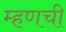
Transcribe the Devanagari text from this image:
म्हणची